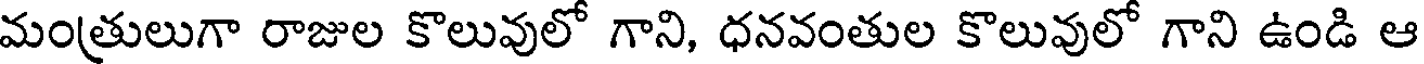
మంత్రులుగా రాజుల కొలువులో గాని, ధనవంతుల కొలువులో గాని ఉండి ఆ